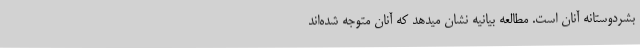
بشردوستانه آنان است. مطالعه بیانیه نشان میدهد که آنان متوجه شده‌اند